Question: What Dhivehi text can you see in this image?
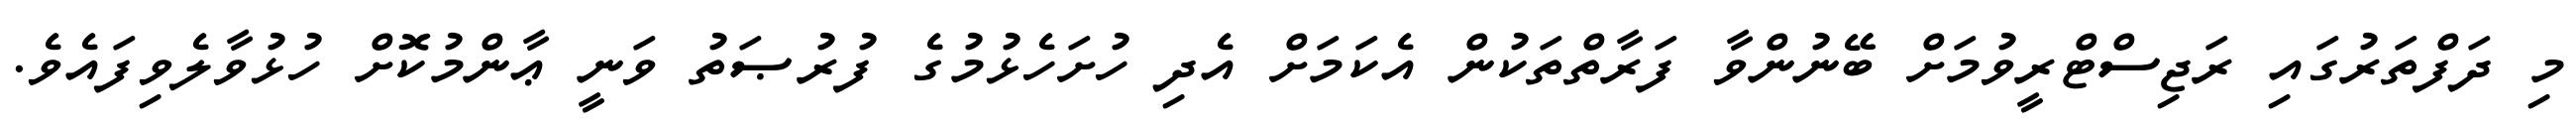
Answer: މި ދަފްތަރުގައި ރަޖިސްޓްރީވުމަށް ބޭނުންވާ ފަރާތްތަކުން އެކަމަށް އެދި ހުށަހެޅުމުގެ ފުރުޞަތު ވަނީ ޢާންމުކޮށް ހުޅުވާލެވިފައެވެ.